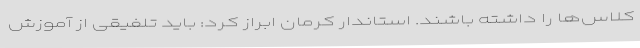
کلاس‌ها را داشته باشند. استاندار کرمان ابراز کرد: باید تلفیقی از آموزش